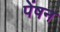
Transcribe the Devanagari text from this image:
पेंषन